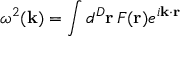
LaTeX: \omega ^ { 2 } ( { \bf k } ) = \int d ^ { D } { \bf r } \, F ( { \bf r } ) e ^ { i { \bf k } \cdot { \bf r } }